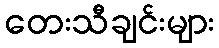
တေးသီချင်းများ